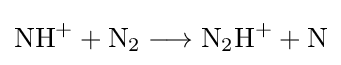
{\mathrm {NH} {\vphantom {A}}^{+}{}+{}\mathrm {N} {\vphantom {A}}_{\smash[{t}]{2}}{}\mathrel {\longrightarrow } {}\mathrm {N} {\vphantom {A}}_{\smash[{t}]{2}}\mathrm {H} {\vphantom {A}}^{+}{}+{}\mathrm {N} }